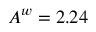
A ^ { w } = 2 . 2 4